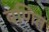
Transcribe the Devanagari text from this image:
वणित